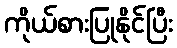
ကိုယ်စားပြုနိုင်ပြီး